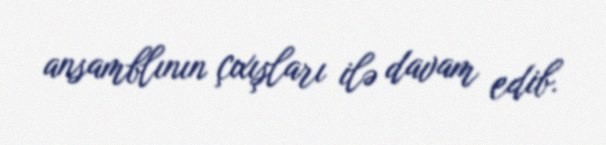
ansamblının çıxışları ilə davam edib.